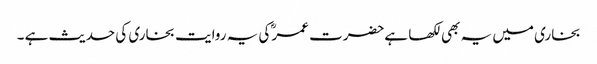
بخاری میں یہ بھی لکھا ہےحضرت عمر ؓکی یہ روایت بخاری کی حدیث ہے ۔